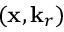
( \mathbf { x } , \mathbf { k } _ { r } )